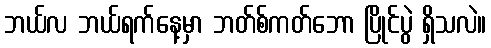
ဘယ်လ ဘယ်ရက်နေ့မှာ ဘတ်စ်ကတ်ဘော ပြိုင်ပွဲ ရှိသလဲ။